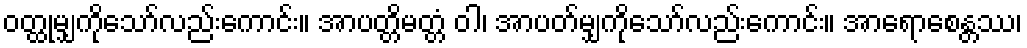
ဝတ္ထုမျှကိုသော်လည်းကောင်း။ အာပတ္တိမတ္တံ ဝါ၊ အာပတ်မျှကိုသော်လည်းကောင်း။ အာရောစေန္တဿ၊